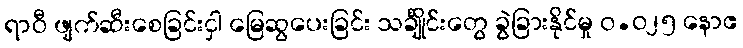
ရာဝီ ဖျက်ဆီးစေခြင်းငှါ မြေဆွပေးခြင်း သင်္ချိုင်းတွေ ခွဲခြားနိုင်မှု ၀.၀၂၅ နောဧ